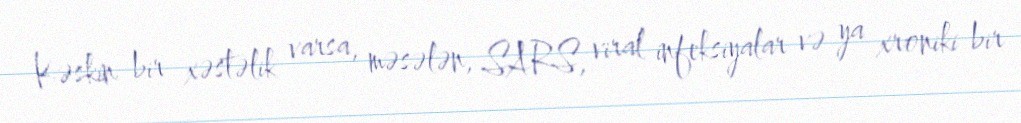
Kəskin bir xəstəlik varsa, məsələn, SARS, viral infeksiyalar və ya xroniki bir